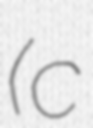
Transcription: (c